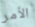
الأمر